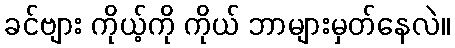
ခင်ဗျား ကိုယ့်ကို ကိုယ် ဘာများမှတ်နေလဲ။